Tezpur Lunatic Asylum reports 1877-1894 - 1877-1894
Year: 1877
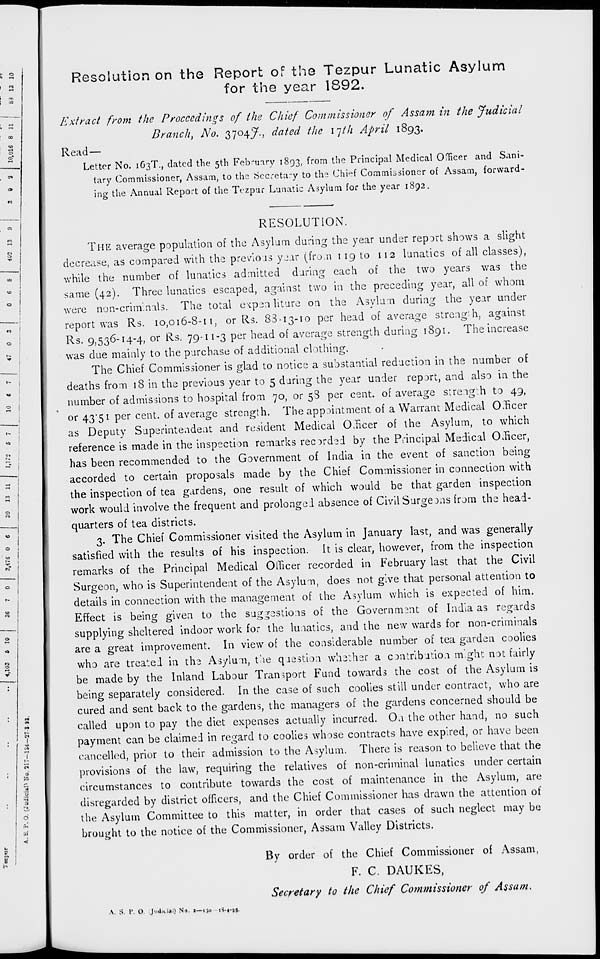
i «o
to
cT
n
00
CO
o
- I
:
1
1
3
t»
d
&
*i
-«.'
u
p 1
8 1
Resolution on the Report of the Tezpur Lunatic Asylum
for the year 1892.
Extract from the Proceedings of the Chief Commissioner of Assam in the Judicial
Branch, No. 3704^., dated the 17th April 1893.
Read-
Letter No. 163T., dated the 5th February 1893, from the Principal Medical Officer and Sani-
tary Commissioner, Assam, to the Secretary to th.2 Chief Commissioner of Assam, forward-
ing the Annual Report of the Tezpur Lunatic Asylum for the year 1892.
RESOLUTION.
THE average population of the Asylum during the year under report shows a slight
decrease, as compared with the previous year (from 1 19 to 112 lunatics of all classes),
while the number of lunatics admitted during each of the two years was the
same (42). Three lunatics escaped, against two in the preceding year, all of whom
were non-criminals. The total eKpsa liture on the Asylum during the year under
report was Rs. 10,016-8-11, or Rs. 83-13-10 per head of average strength, against
Rs. 9,536-14-4, or Rs. 79-11-3 per head of average strength during 1891. The increase
was due mainly to the purchase of additional clothing.
The Chief Commissioner is glad to notice a substantial reduction in the number of
deaths from 18 in the previous year to 5 during the year under report, and also in the
number of admissions to hospital from 70, or 58 per cent, of average strength to 49,
or 43*51 per cent, of average strength. The appointment of a Warrant Medical Officer
as Deputy Superintendent and resident Medical Officer of the Asylum, to which
reference is made in the inspection remarks recorded by the Principal Medical Officer,
has been recommended to the Government of India in the event of sanction being
accorded to certain proposals made by the Chief Commissioner in connection with
the inspection of tea gardens, one result of which would be that garden inspection
work would involve the frequent and prolonged absence of Civil Surge 3ns from the head-
quarters of tea districts.
3. The Chief Commissioner visited the Asylum in January last, and was generally
satisfied with the results of his inspection. It is clear, however, from the inspection
remarks of the Principal Medical Officer recorded in February last that the Civil
Surgeon, who is Superintendent of the Asylum, does not give that personal attention to
details in connection with the management of the Asylum which is expected of him.
Effect is being given to the suggestions of the Government of India as regards
supplying sheltered indoor work for the lunatics, and the new wards for non-criminals
are a great improvement. In view of the considerable number of tea garden coolies
who are treated in the Asylum, the question whether a contribution might not fairly
be made by the Inland Labour Transport Fund towards the cost of the Asylum is
being separately considered. In the case of such coolies still under contract, who are
cured and sent back to the gardens, the managers of the gardens concerned should be
called upon to pay the diet expenses actually incurred. On the other hand, no such
payment can be claimed in regard to coolies whose contracts have expired, or have been
cancelled, prior to their admission to the Asylum. There is reason to believe that the
provisions of the law, requiring the relatives of non-criminal lunatics under certain
circumstances to contribute towards the cost of maintenance in the Asylum, are
disregarded by district officers, and the Chief Commissioner has drawn the attention of
the Asylum Committee to this matter, in order that cases of such neglect may be
notice of the Commissioner. Assam Vallev Districts.
ight
\ssam Valley
By order of the Chief Commissioner of Assam,
F. C. DAUKES,
Secretary to the Chief Commissioner of Assam.
A. S. V. O. Judiiial) No. 1—ijo tS-4-gs.